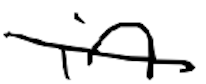
Text: in
Cross-out: diagonal
Writing tool: digital_black